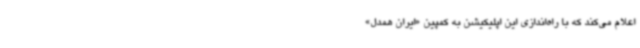
اعلام می‌کند که با راه‌اندازی این اپلیکیشن به کمپین «ایران همدل»